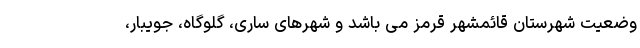
وضعیت شهرستان قائمشهر قرمز می باشد و شهرهای ساری، گلوگاه، جویبار،